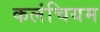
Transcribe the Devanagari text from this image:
कलंचियम